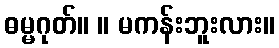
ဓမ္မဂုတ်။ ။ မကန်းဘူးလား။